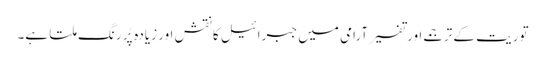
توریت کے ترجمے اور تفسیر آرامی میں جبرائیل کا نقش اور زیادہ پُر رنگ ملتا ہے۔